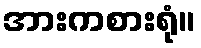
အားကစားရုံ။